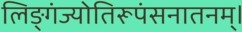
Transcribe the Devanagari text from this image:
लिङ्गंज्योतिरूपंसनातनम्।